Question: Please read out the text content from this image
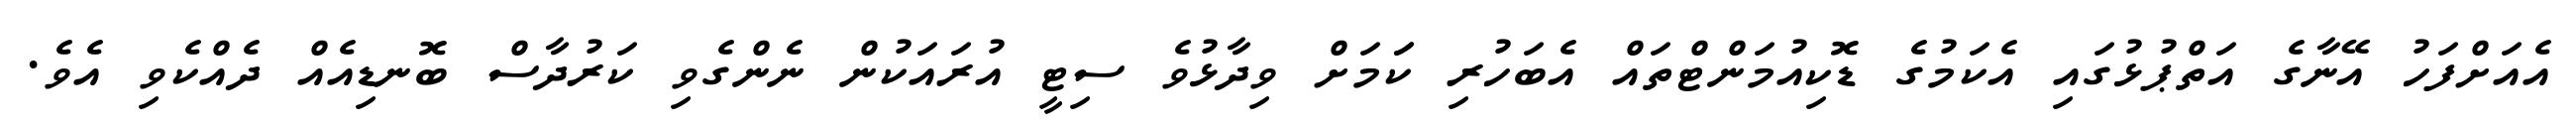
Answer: އެއަށްފަހު އޭނާގެ އަތްޕުޅުގައި އެކަމުގެ ޑޮކިއުމަންޓްތައް އެބަހުރި ކަަމަށް ވިދާޅުވެ ސިޓީ އުރައަކުން ނެންގެވި ކަރުދާސް ބޮނޑިއެއް ދެއްކެވި އެވެ.